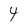
Character: 4